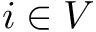
i \in V